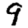
Digit: 9